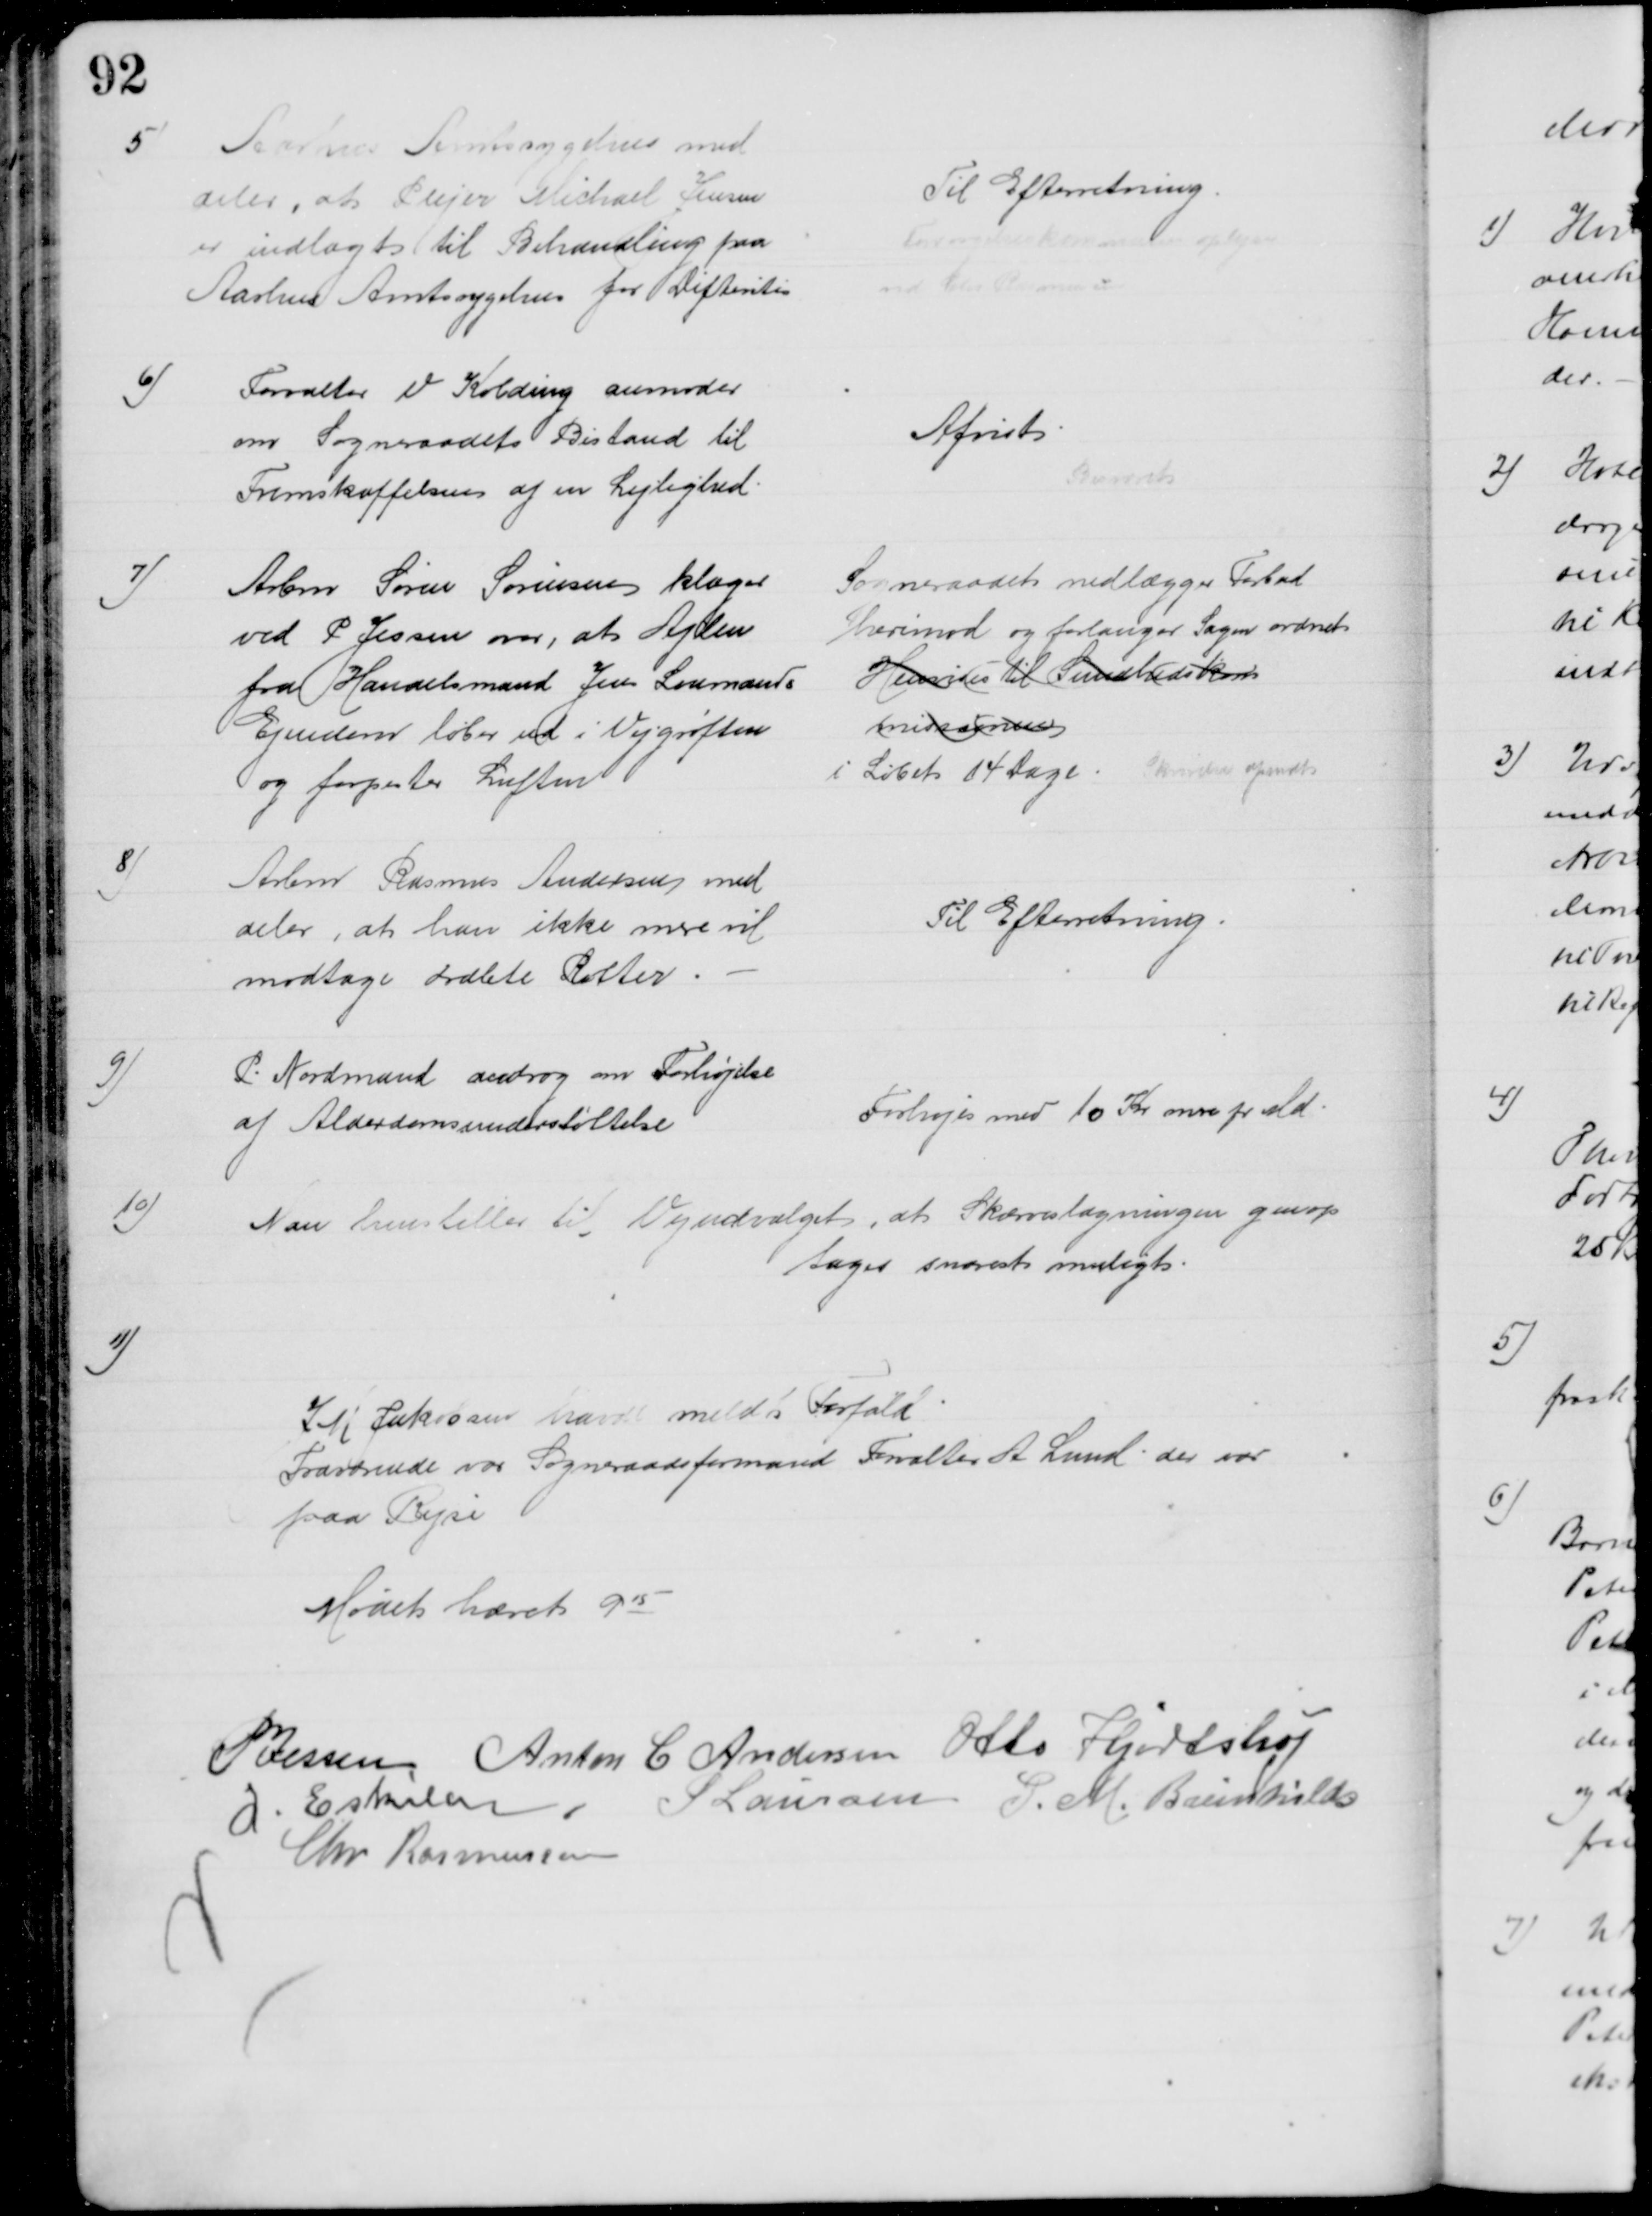
Transskription:
5
Aarhus Amtssygehus med
deler, at Plejer Michael Jensen
er indlagt til Behandling paa
Aarhus Amtssygehus for Difteritis
Til Efterretning.
Forsørgelseskommune oplyses
ved Chr Rasmussen
6)
Forvalter V Kolding anmoder
om Sogneraadets Bistand til
Fremskaffelsen af en Lejlighed.
Afvist

7)
Arbm Søren Sørensen klager
ved P Jessen over, at Ajlen
fra Handelsmand Jens Loumands
Ejendom løber ud i Vejgrøften
og forpester Luften.
Sogneraadets nedlægger Forbud
herimod og forlanger Sagen ordnet 
Henvises til Sundhedskom
missionen
i Løbet 14 Dage. Skrivelse afsendt
8)
Arbm Rasmus Andersen med
deler, at han ikke mere vil
modtage dræbte Rotter
Til Efterretning
9)
P. Nordmand androg om Forhøjelse
af Alderdomsunderstøttelse
Forhøjes med 10 Kr mere pr Md.
10)
Man henstiller til Vejudvalget, at Skærveslagningen genop
tages snarest muligt.
11)
J M Jakobsen havde meldt Forfald
Fraværende var Sogneraadsformand Forvalter A. Lund, der var 
paa Rejse
Mødet hævet 915
P Jessen Anton C Andersen Otto Hjortshøj
I Eskildsen
P Laursen P. M. Breinhild
Chr Rasmussen